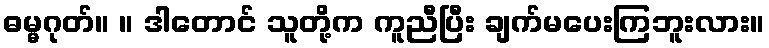
ဓမ္မဂုတ်။ ။ ဒါတောင် သူတို့က ကူညီပြီး ချက်မပေးကြဘူးလား။